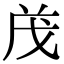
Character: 𭟱